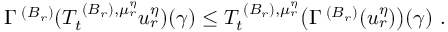
\begin{array} { r } { \Gamma ^ { { \mathbf \Upsilon } ( B _ { r } ) } ( T _ { t } ^ { { \mathbf \Upsilon } ( B _ { r } ) , { \mu } _ { r } ^ { \eta } } u _ { r } ^ { \eta } ) ( \gamma ) \le T _ { t } ^ { { \mathbf \Upsilon } ( B _ { r } ) , { \mu } _ { r } ^ { \eta } } \bigl ( \Gamma ^ { { \mathbf \Upsilon } ( B _ { r } ) } ( u _ { r } ^ { \eta } ) \bigr ) ( \gamma ) \, \, \mathrm { . } } \end{array}